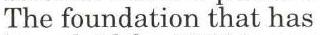
The foundation that has